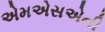
એમએસએની